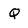
Character: Q